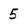
Character: 5